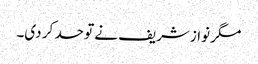
مگر نوازشریف نے تو حد کر دی۔